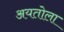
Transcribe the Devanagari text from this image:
अयतोला